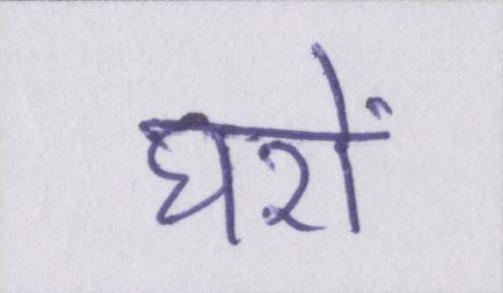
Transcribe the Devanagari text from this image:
घरों